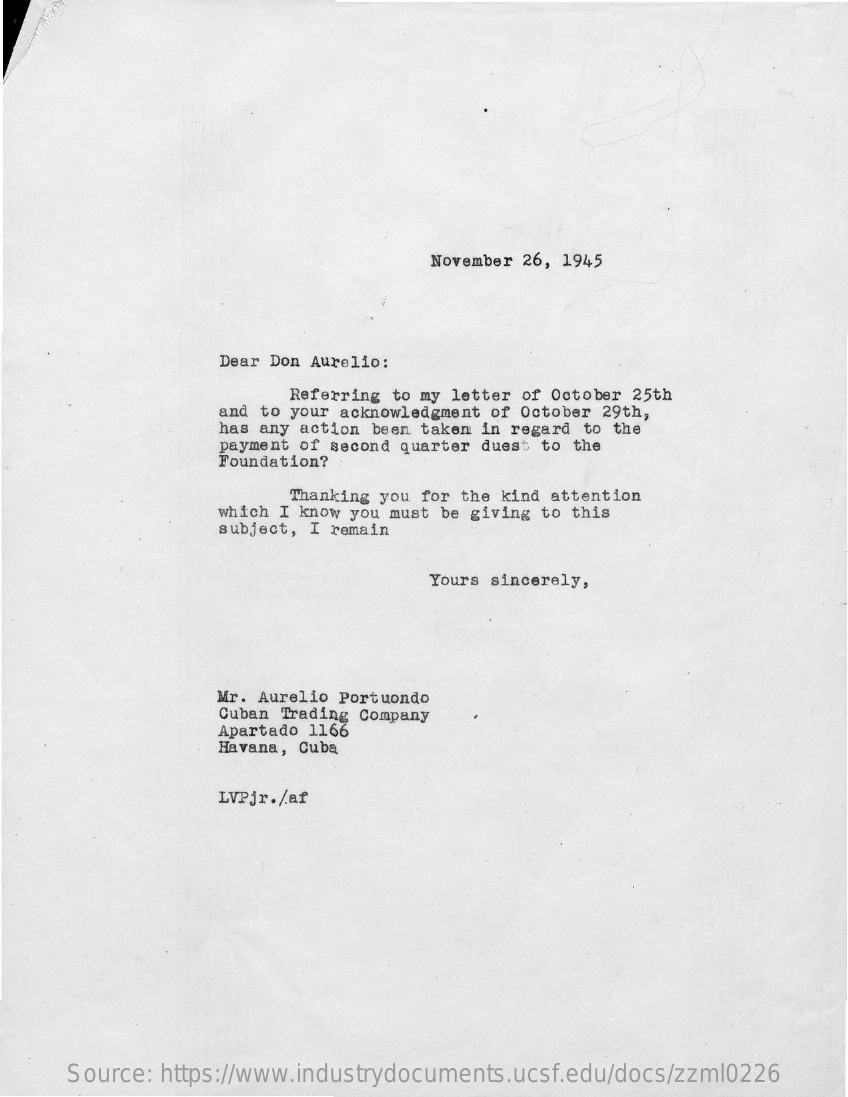
November 26, 1945
     Dear Don Aurelio:
     Referring to my letter of October 25th
     and to your acknowledgment of October 29th,
     has any action been taken in regard to the
     payment of second quarter duest to the
     Foundation?
     Thanking you for the kind attention
     which I know you must be giving to this
     subject, I remain
     Yours sincerely,
     Mr. Aurelio Portuondo
     Cuban Trading Company
     Apartado 1166
     Havana, Cuba
     LVPjr./af
     Source: https://www.industrydocuments.ucsf.edu/docs/zzml0226